65_HS1-834228961_62-HQ-83894_SUB_A
Agency: FBI
Page 88
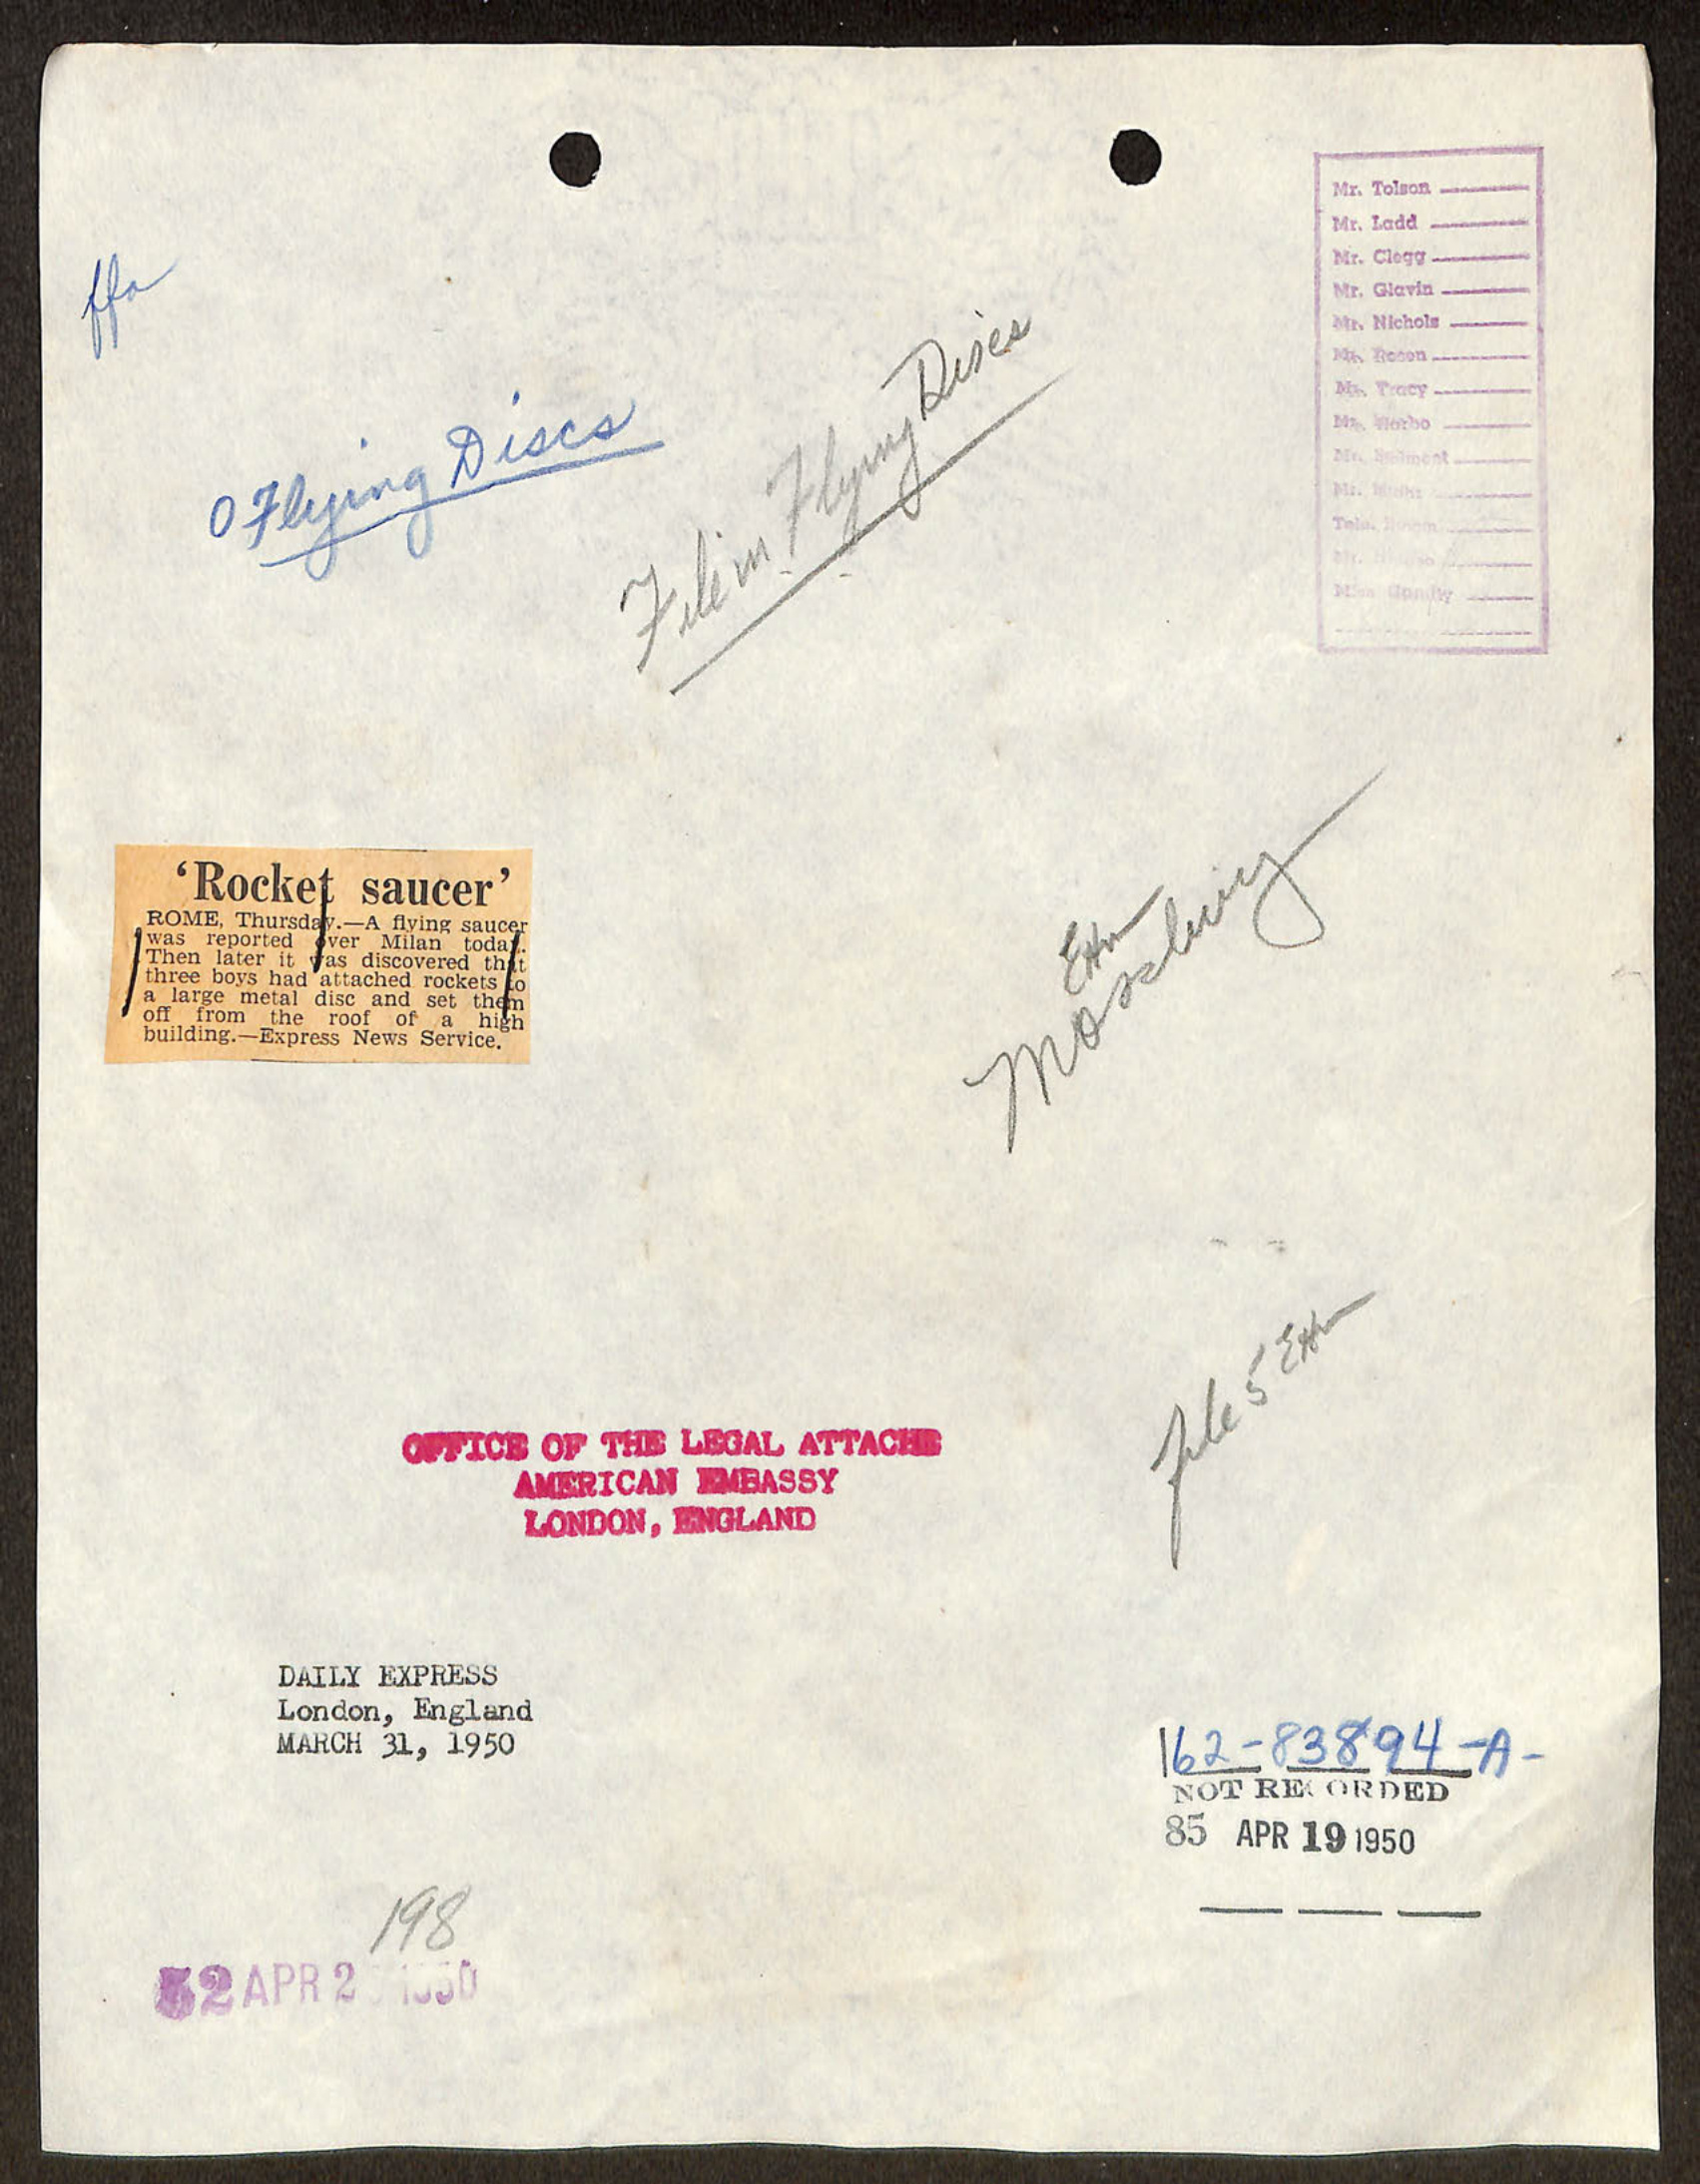